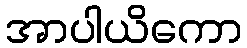
အာပါယိကော